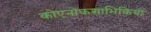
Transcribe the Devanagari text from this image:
कोएनोकशाभिकियों